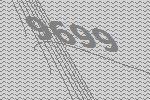
9699